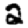
Digit: 2